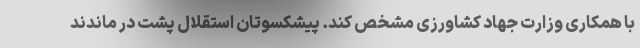
با همکاری وزارت جهاد کشاورزی مشخص کند. پیشکسوتان استقلال پشت در ماندند